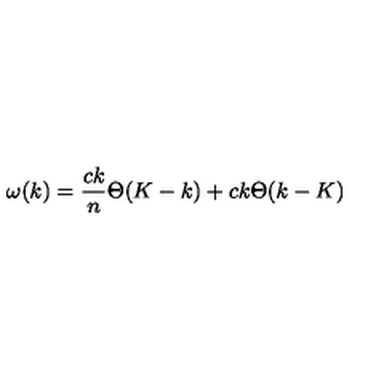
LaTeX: \omega ( k ) = { \frac { c k } { n } } \Theta ( K - k ) + c k \Theta ( k - K )